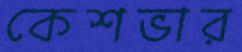
কেশভার